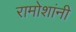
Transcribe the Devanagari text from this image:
रामोशांनी